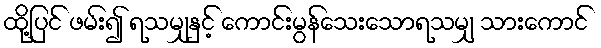
ထို့ပြင် ဖမ်း၍ ရသမျှနှင့် ကောင်းမွန်သေးသောရသမျှ သားကောင်